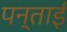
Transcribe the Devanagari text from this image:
पन्ताई